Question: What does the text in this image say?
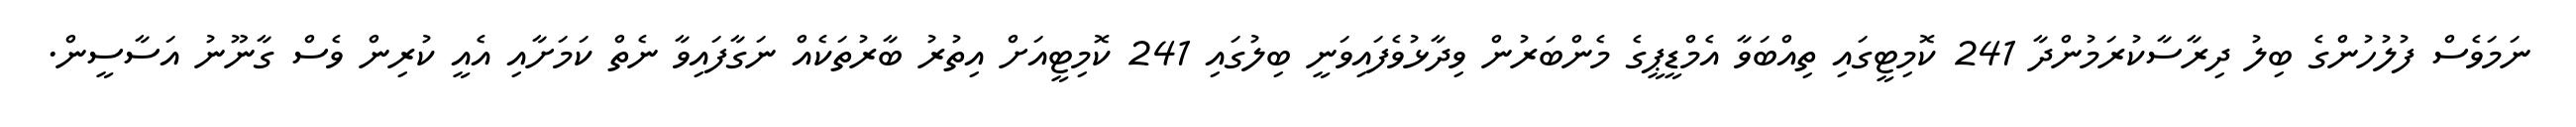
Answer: ނަމަވެސް ފުލުހުންގެ ބިލު ދިރާސާކުރަމުންދާ 241 ކޮމިޓީގައި ތިއްބަވާ އެމްޑީޕީގެ މެންބަރުން ވިދާޅުވެފައިވަނީ ބިލުގައި 241 ކޮމިޓީއަށް އިތުރު ބާރުތަކެއް ނަގާފައިވާ ނެތް ކަމަށާއި އެއީ ކުރިން ވެސް ގާނޫނު އަސާސީން.